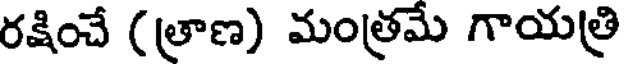
రక్షించే (త్రాణ) మంత్రమే గాయత్రి